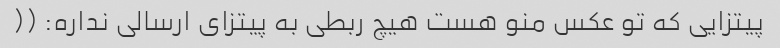
پیتزایی که تو عکس منو هست هیچ ربطی به پیتزای ارسالی نداره: ((